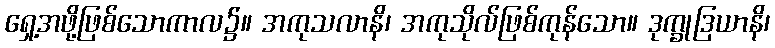
ရှေ့အဖို့ဖြစ်သောကာလ၌။ အကုသလာနိ၊ အကုသိုလ်ဖြစ်ကုန်သော။ ဒုက္ခုဒြယာနိ၊